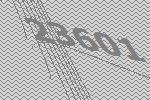
23601